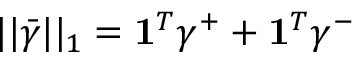
\vert \vert \bar { \gamma } \vert \vert _ { 1 } = \mathbf { 1 } ^ { T } \gamma ^ { + } + \mathbf { 1 } ^ { T } \gamma ^ { - }